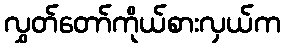
လွှတ်တော်ကိုယ်စားလှယ်က